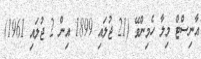
އާނިސްޓް މިލާ ހެމިންވޭ (21 ޖުލައި 1899 އިން 2 ޖުލައި 1961)